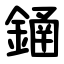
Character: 䥁